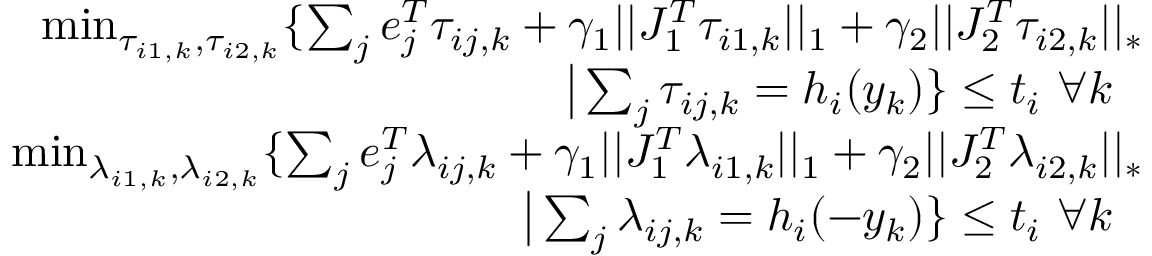
\begin{array} { r } { \operatorname* { m i n } _ { \tau _ { i 1 , k } , \tau _ { i 2 , k } } \{ \sum _ { j } e _ { j } ^ { T } \tau _ { i j , k } + \gamma _ { 1 } | | J _ { 1 } ^ { T } \tau _ { i 1 , k } | | _ { 1 } + \gamma _ { 2 } | | J _ { 2 } ^ { T } \tau _ { i 2 , k } | | _ { * } } \\ { \big | \sum _ { j } \tau _ { i j , k } = h _ { i } ( y _ { k } ) \} \le t _ { i } ~ \forall k ~ ~ } \\ { \operatorname* { m i n } _ { \lambda _ { i 1 , k } , \lambda _ { i 2 , k } } \{ \sum _ { j } e _ { j } ^ { T } \lambda _ { i j , k } + \gamma _ { 1 } | | J _ { 1 } ^ { T } \lambda _ { i 1 , k } | | _ { 1 } + \gamma _ { 2 } | | J _ { 2 } ^ { T } \lambda _ { i 2 , k } | | _ { * } } \\ { \big | \sum _ { j } \lambda _ { i j , k } = h _ { i } ( - y _ { k } ) \} \le t _ { i } ~ \forall k ~ ~ } \end{array}